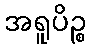
အရူပိဉ္စ